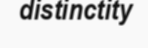
distinctity